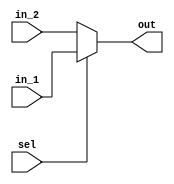
module mux2_1
(
	input wire [0:0] in_1,		//1
	input wire [0:0] in_2,		//2
	input wire [0:0] sel,		//
	output reg [0:0] out		//
);


always@(*)// * sel,in_1,in_2
if(sel == 1'b1)
	begin
		out = in_1;
	end
	else
	begin
		out = in_2;
	end
endmodule